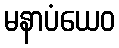
မနာပံယေဝ